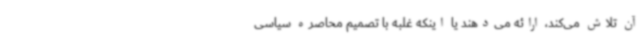
آن تلاش می‌کند، ارائه می‌دهند یا اینکه غلبه با تصمیم محاصره سیاسی